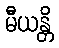
မီယန္တိ